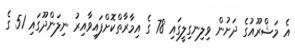
އެ މަޝްރޫއުގެ ދަށުން ވިލިނގިލީގައި 78 ގެ އިމާރާތްކޮށްފައިވާއިރު ނިލަންދޫގައި 51 ގެ